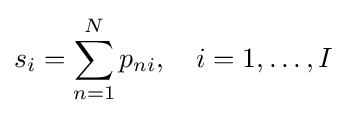
s_{i}=\sum _{n=1}^{N}p_{ni},\quad i=1,\dots ,I